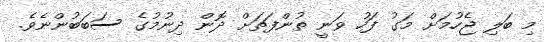
މި ބަލި ޖެހުމަށް މަގު ފަހު ވަނީ ތުންފަތަށް ދޮން ދިނުމުގެ ސަބަބުންނެވެ.